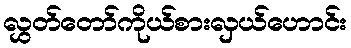
လွှတ်တော်ကိုယ်စားလှယ်ဟောင်း